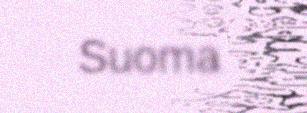
Suoma